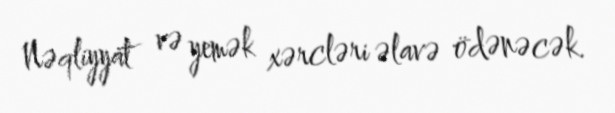
Nəqliyyat və yemək xərcləri əlavə ödənəcək.